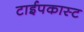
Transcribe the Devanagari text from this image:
टाईपकास्ट